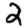
Digit: 2